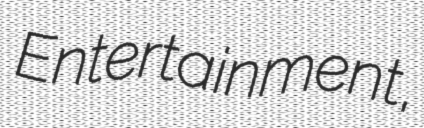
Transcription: Entertainment,